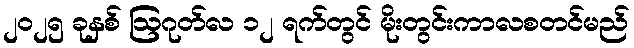
၂၀၂၅ ခုနှစ် ဩဂုတ်လ ၁၂ ရက်တွင် မိုးတွင်းကာလစတင်မည်